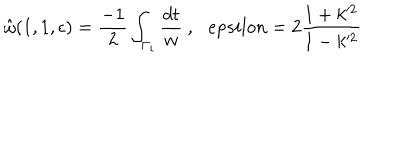
\hat { \omega } ( 1 , 1 , \epsilon ) = \frac { - 1 } { 2 } \int _ { \Gamma _ { i } } \frac { d t } { w } \ , \ \ \, e p s i l o n = 2 \frac { 1 + k ^ { 2 } } { 1 - k ^ { 2 } }